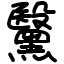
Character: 黳